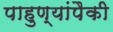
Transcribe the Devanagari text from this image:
पाहुण्यांपैकी